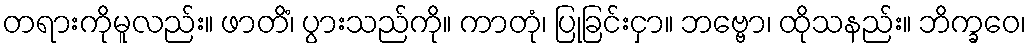
တရားကိုမူလည်း။ ဖာတိံ၊ ပွားသည်ကို။ ကာတုံ၊ ပြုခြင်းငှာ။ ဘဗ္ဗော၊ ထိုသနည်း။ ဘိက္ခဝေ၊